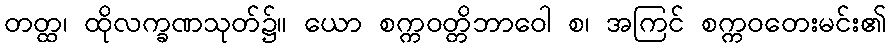
တတ္ထ၊ ထိုလက္ခဏသုတ်၌။ ယော စက္ကဝတ္တိဘာဝေါ စ၊ အကြင် စက္ကဝတေးမင်း၏